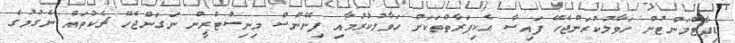
ޑިޕާޓްމަންޓުން ހަވާލުކުރަންޖެހޭ ފައިސާ އެކިފަރާތްތަކަށް ހަވާލުކުރުމާއި ފިނޭންސް މިނިސްޓްރީން ނަގަންޖެހޭ ޗެކުތައް ނެގުމުގެ